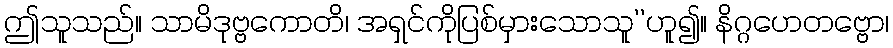
ဤသူသည်။ သာမိဒုဗ္ဗကောတိ၊ အရှင်ကိုပြစ်မှားသောသူ’’ဟူ၍။ နိဂ္ဂဟေတဗ္ဗော၊